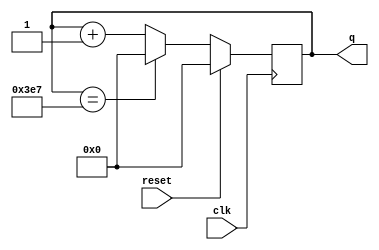
module top_module (
    input clk, reset,
    output reg [9:0] q);

    always @(posedge clk) begin
        if(reset) begin
            q <= 0;
        end
        else begin
            if(q == 10'd999) begin
                q <= 0;
            end
            else begin
                q <= q + 1;
            end
        end
    end
endmodule